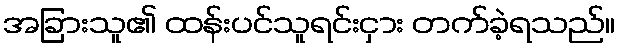
အခြားသူ၏ ထန်းပင်သူရင်းငှား တက်ခဲ့ရသည်။